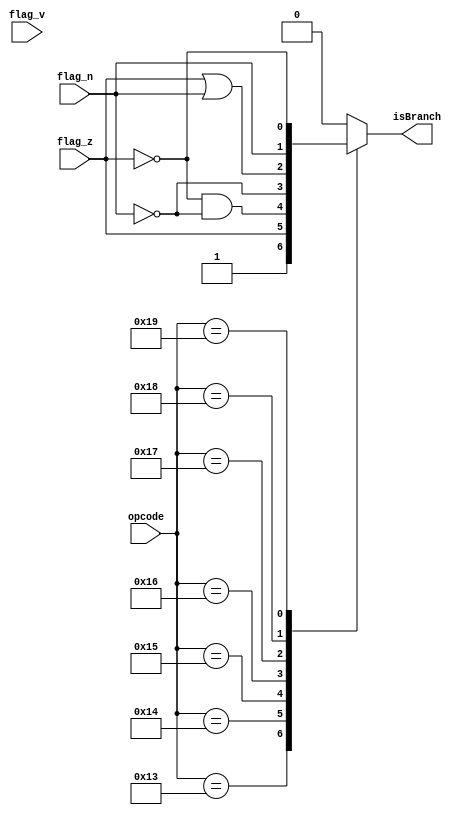
module branch_gen(
    output reg isBranch,
    input [5:0] opcode,
    input flag_z, flag_n, flag_v
);

localparam B = 6'b010011;
localparam BEQ = 6'b010100;
localparam BGT = 6'b010101;
localparam BGE = 6'b010110;
localparam BLE = 6'b010111;
localparam BLT = 6'b011000;  
localparam BNE = 6'b011001; 

always @(opcode or flag_n or flag_z or flag_v) begin
    case (opcode)
        B: isBranch = 1;
        BEQ: isBranch = flag_z;
        BGT: isBranch = (~flag_z) && (~flag_n);   //greater than, not 0 or negative
        BGE: isBranch = (~flag_n);
        BLE: isBranch = flag_z | flag_n;
        BLT: isBranch = flag_n;
        BNE: isBranch = ~flag_z;
        default: isBranch = 0;
    endcase
end
   
endmodule